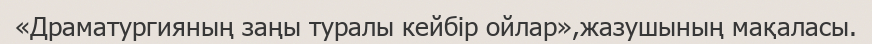
«Драматургияның заңы туралы кейбір ойлар»,жазушының мақаласы.